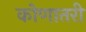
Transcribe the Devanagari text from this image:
कोणातरी